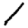
Digit: 1